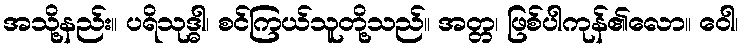
အသို့နည်း။ ပရိသုဒ္ဓါ၊ စင်ကြယ်သူတို့သည်။ အတ္တ၊ ဖြစ်ပါကုန်၏လော။ ဝေါ၊